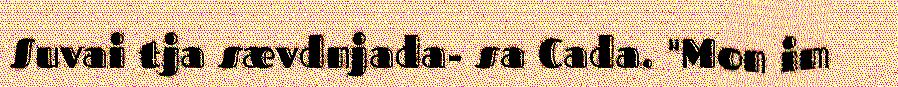
Suvai tja sævdnjada- sa Cada. "Mon im